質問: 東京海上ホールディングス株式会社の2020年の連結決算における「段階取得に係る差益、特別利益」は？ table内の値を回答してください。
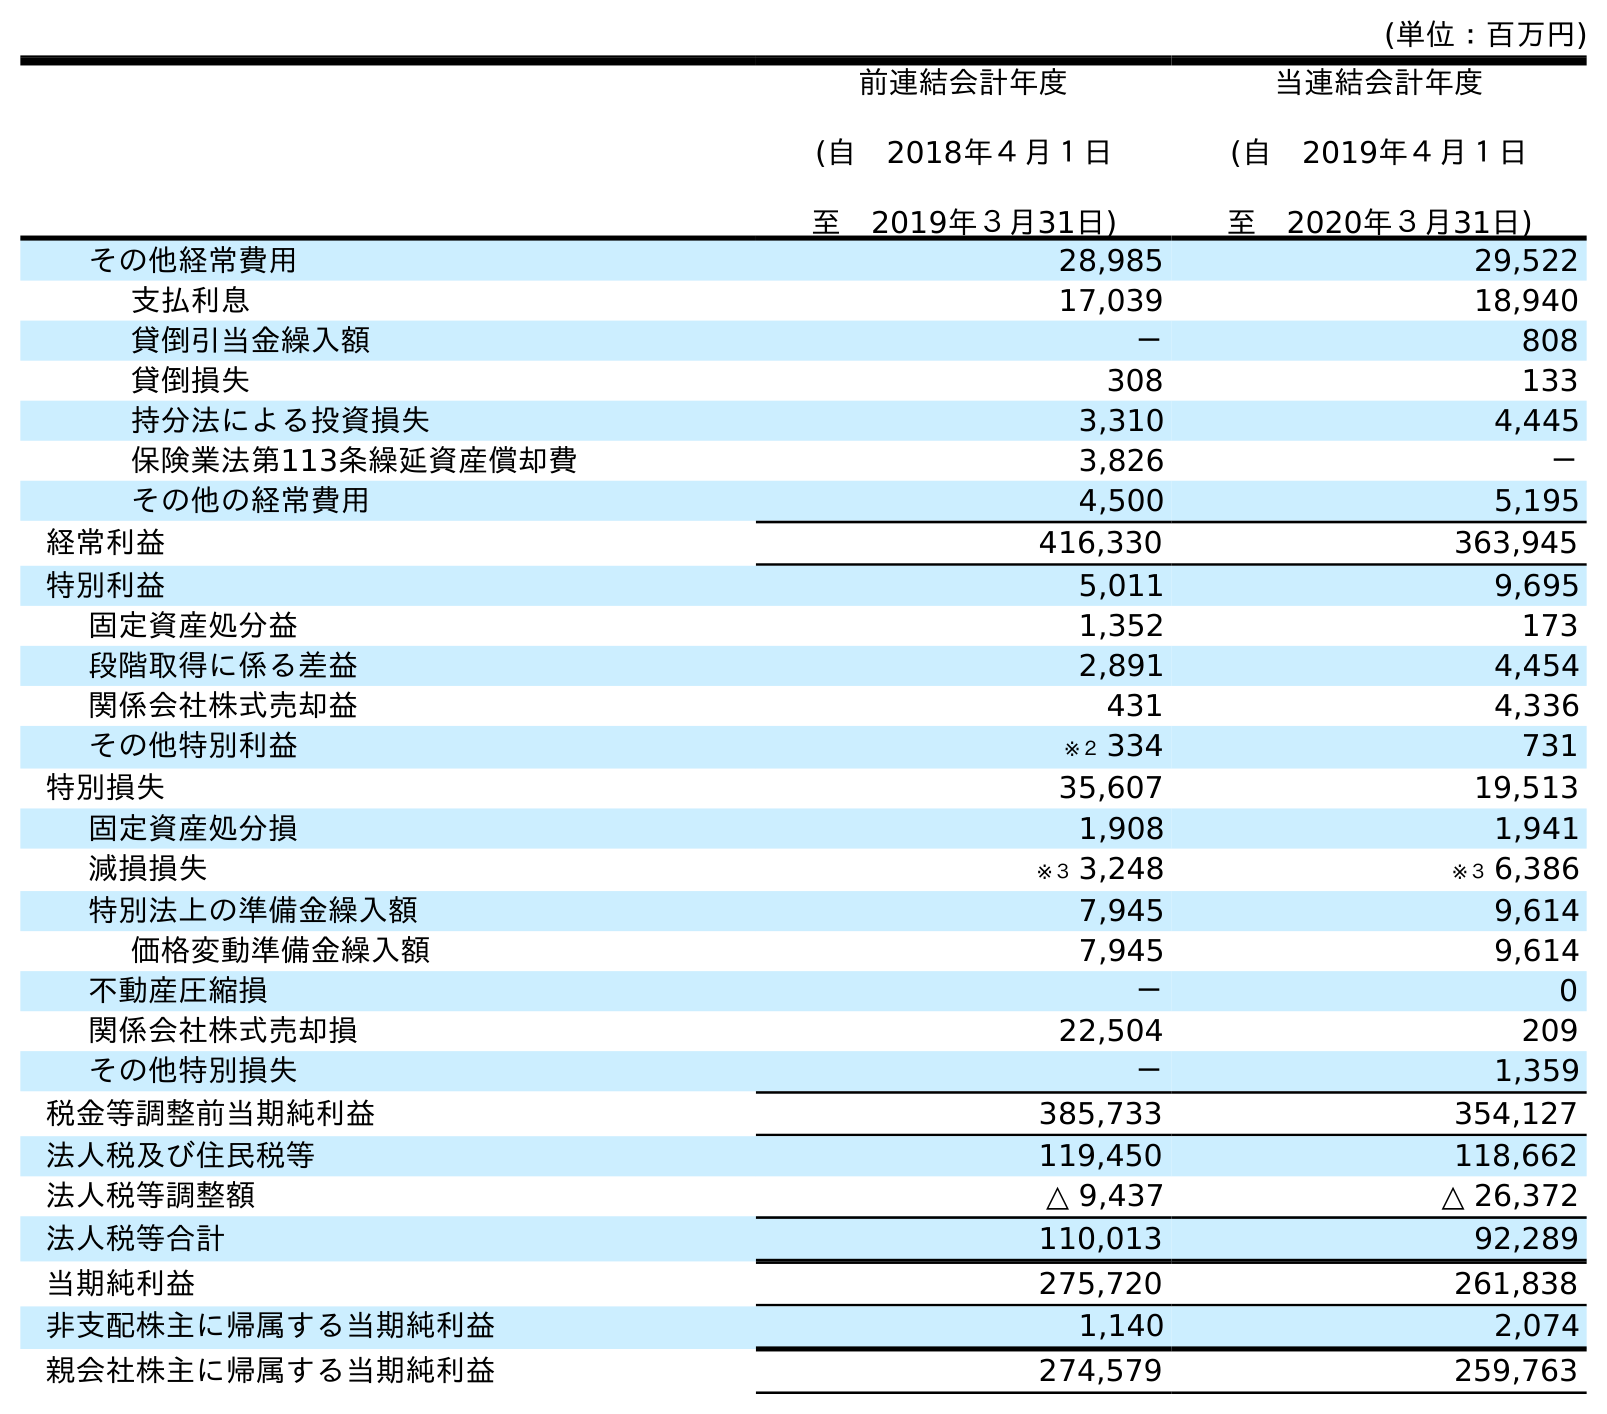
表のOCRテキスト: (単位：百万円) 前連結会計年度 (自 2018年４月１日 至 2019年３月31日) 当連結会計年度 (自 2019年４月１日 至 2020年３月31日) その他経常費用 28,985 29,522 支払利息 17,039 18,940 貸倒引当金繰入額 － 808 貸倒損失 308 133 持分法による投資損失 3,310 4,445 保険業法第113条繰延資産償却費 3,826 － その他の経常費用 4,500 5,195 経常利益 416,330 363,945 特別利益 5,011 9,695 固定資産処分益 1,352 173 段階取得に係る差益 2,891 4,454 関係会社株式売却益 431 4,336 その他特別利益 ※２ 334 731 特別損失 35,607 19,513 固定資産処分損 1,908 1,941 減損損失 ※３ 3,248 ※３ 6,386 特別法上の準備金繰入額 7,945 9,614 価格変動準備金繰入額 7,945 9,614 不動産圧縮損 － 0 関係会社株式売却損 22,504 209 その他特別損失 － 1,359 税金等調整前当期純利益 385,733 354,127 法人税及び住民税等 119,450 118,662 法人税等調整額 △ 9,437 △ 26,372 法人税等合計 110,013 92,289 当期純利益 275,720 261,838 非支配株主に帰属する当期純利益 1,140 2,074 親会社株主に帰属する当期純利益 274,579 259,763
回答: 4,454